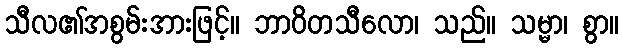
သီလ၏အစွမ်းအားဖြင့်။ ဘာဝိတသီလော၊ သည်။ သမ္မာ၊ စွာ။